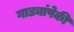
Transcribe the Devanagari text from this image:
गाड्यांपेकी